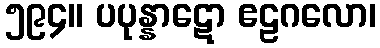
၅၉၄။ ပပုန္နာဋော ဧဠဂလော၊